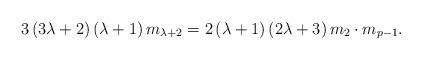
LaTeX: \begin{align*}3\left( 3\lambda +2\right) \left( \lambda +1\right) m_{\lambda +2} =2\left( \lambda +1\right) \left( 2\lambda +3\right) m_{2}\cdot m_{p-1}. \end{align*}